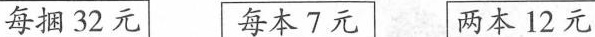
每捆32元 每本7元 两本12元